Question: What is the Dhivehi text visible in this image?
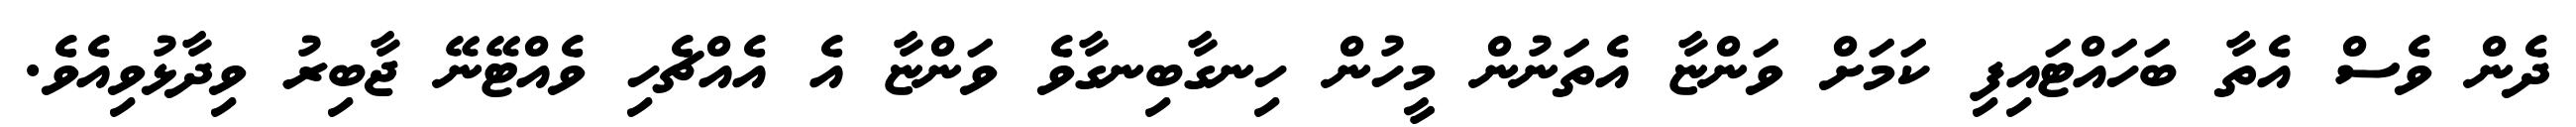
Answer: ދެން ވެސް އެތާ ބަހައްޓައިފި ކަމަށް ވަންޏާ އެތަނުން މީހުން ހިނގާބިނގާވެ ވަންޏާ އެ އެއްޗެހި ވެއްޓޭނޭ ޖާބިރު ވިދާޅުވިއެވެ.